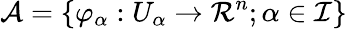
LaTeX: \mathcal{A}=\{ \varphi_{\alpha}:U_{\alpha}\rightarrow\mathcal{R}^{n};\alpha\in\mathcal{I}\}